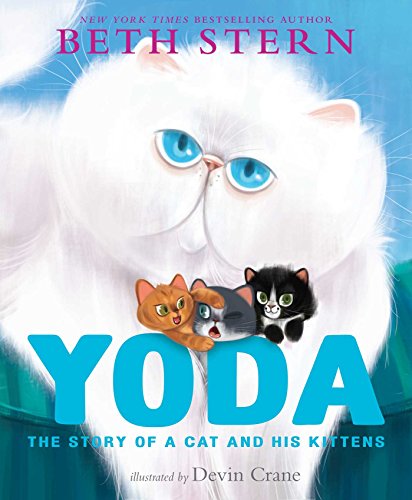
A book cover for Yoda: The Story of a Cat and His Kittens; Beth Stern; Children's Books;